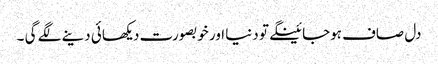
دل صاف ہوجائینگے تو دنیا اور خوبصورت دیکھائی دینے لگے گی ۔